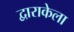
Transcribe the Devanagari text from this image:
द्वाराकेला